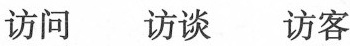
访问 访谈 访客